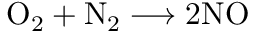
\mathrm { O } _ { 2 } + \mathrm { N } _ { 2 } \longrightarrow 2 \mathrm { N O }